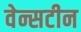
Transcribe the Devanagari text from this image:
वेन्सटीन